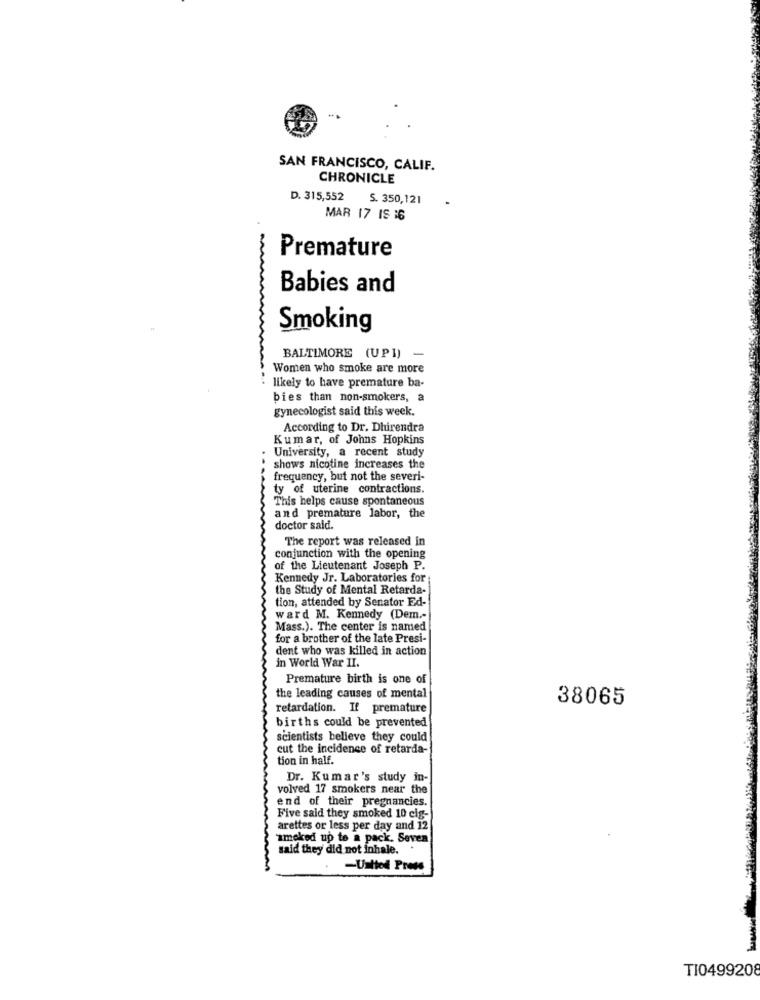
SAN FRANCISCO, CALIF.
CHRONICLE
D. 315,552
S. 350,121
MAR 17 IS :6
Premature
Babies and
Smoking
BALTIMORE (UPI) -
Women who smoke are more
likely to have premature ba-
bies than non-smokers, a
gynecologist said this week.
According to Dr. Dhirendra
Kumar, of Johns Hopkins
University, a recent study
shows nicotine increases the
frequency, but not the severi-
ty of uterine contractions.
This helps cause spontaneous
and premature labor, the
doctor said.
The report was released in
conjunction with the opening
of the Lieutenant Joseph P.
Kennedy Jr. Laboratories for :
the Study of Mental Retarda-
tion, attended by Senator Ed-
ward M. Kennedy (Dem .-
Mass.). The center is named
for a brother of the late Presi-
dent who was killed in action
in World War II.
Premature birth is one of
the leading causes of mental
retardation. If premature
38065
births could be prevented
scientists believe they could
cut the incidence of retarda-
tion in half.
Dr. Kumar's study in-
volved 17 smokers near the
end of their pregnancies.
Five said they smoked 10 cig-
arettes or less per day and 12
amoked up to a pack. Seven
said they did not inhale.
-Untted Press
TI0499208